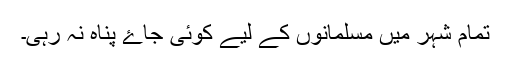
تمام شہر میں مسلمانوں کے لیے کوئی جاۓ پناہ نہ رہی۔